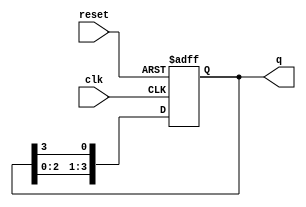
module ring_counter (
    input wire clk,       // Clock input
    input wire reset,     // Asynchronous reset input
    output reg [3:0] q    // 4-bit output representing the state of the counter
);

// Initial state
initial begin
    q = 4'b0001; // Initialize to the first state
end

// Sequential logic for the ring counter
always @(posedge clk or posedge reset) begin
    if (reset) begin
        q <= 4'b0001; // Reset to the initial state
    end else begin
        // Shift the high state to the next flip-flop
        q <= {q[2:0], q[3]}; // Circular shift
    end
end

endmodule